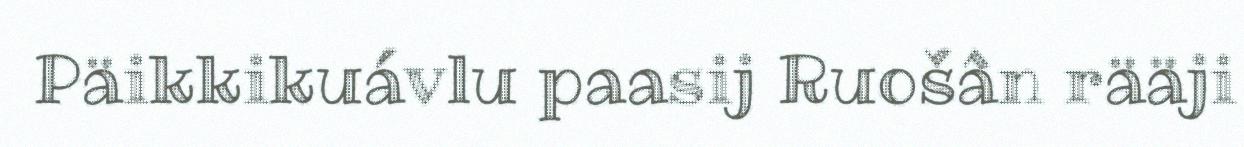
Päikkikuávlu paasij Ruošân rääji